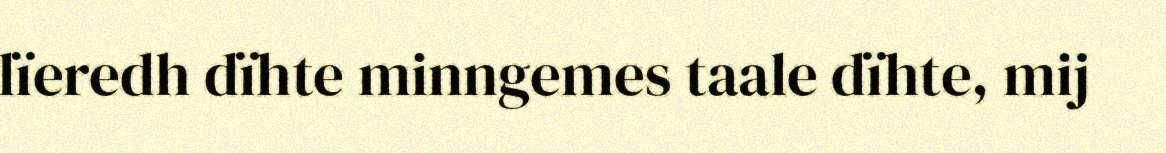
lïeredh dïhte minngemes taale dïhte, mij